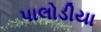
પાલોડીયા